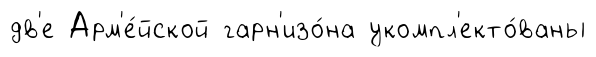
дв'е Арм'е́йской гарн'изо́на укомпл'екто́ваны